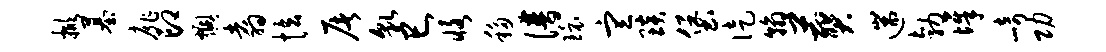
掀墓扉印燠翥怯屠貌巳恪移谱环宣琰堡徒翰葬遄勃墀崎功